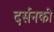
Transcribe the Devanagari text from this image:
दर्सनकी